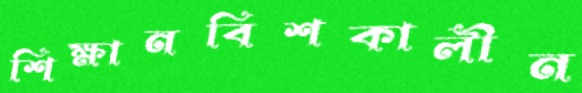
শিক্ষানবিশকালীন